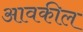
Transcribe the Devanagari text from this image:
आवकील